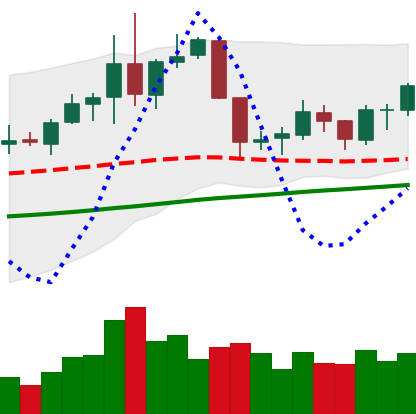
Ticker: NEO-USD
Chart end date: 2019-06-12
Forward return: 9.933%
Label: up_7plus